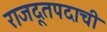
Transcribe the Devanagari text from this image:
राजदूतपदाची